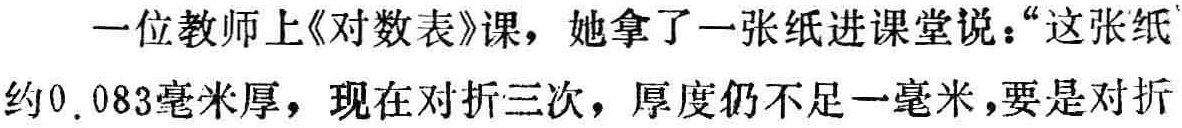
一位教师上《对数表》课，她拿了一张纸进课堂说：“这张纸约0.083毫米厚，现在对折三次，厚度仍不足一毫米，要是对折